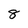
Character: 8